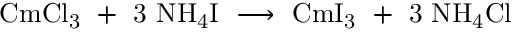
\mathrm { C m C l _ { 3 } \ + \ 3 \ N H _ { 4 } I \ \longrightarrow \ C m I _ { 3 } \ + \ 3 \ N H _ { 4 } C l }